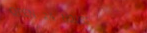
OPEN 24 HOURS